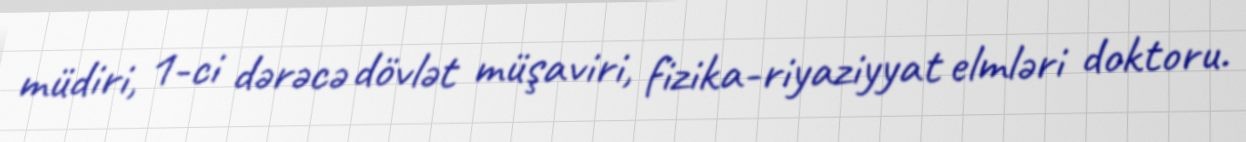
müdiri, 1-ci dərəcə dövlət müşaviri, fizika-riyaziyyat elmləri doktoru.